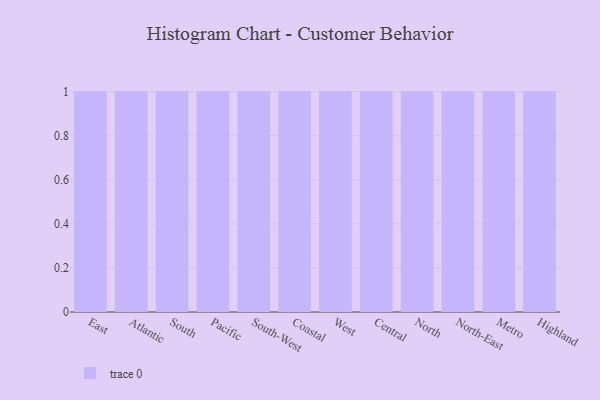
{"axis": {"x": "Region", "y": "Inventory Turnover"}, "legend": [""], "data": [{"x": "East", "y": 87, "type": ""}, {"x": "Atlantic", "y": 21, "type": ""}, {"x": "South", "y": 85, "type": ""}, {"x": "Pacific", "y": 18, "type": ""}, {"x": "South-West", "y": 7, "type": ""}, {"x": "Coastal", "y": 73, "type": ""}, {"x": "West", "y": 86, "type": ""}, {"x": "Central", "y": 30, "type": ""}, {"x": "North", "y": 63, "type": ""}, {"x": "North-East", "y": 6, "type": ""}, {"x": "Metro", "y": 91, "type": ""}, {"x": "Highland", "y": 68, "type": ""}]}